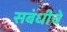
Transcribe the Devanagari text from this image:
सबंधीचे